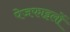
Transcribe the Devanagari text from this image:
पेजफाइलों